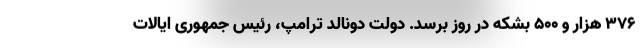
۳۷۶ هزار و ۵۰۰ بشکه در روز برسد. دولت دونالد ترامپ، رئیس جمهوری ایالات